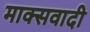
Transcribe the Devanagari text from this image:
माक्सवादी